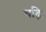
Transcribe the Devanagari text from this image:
चढ़ि